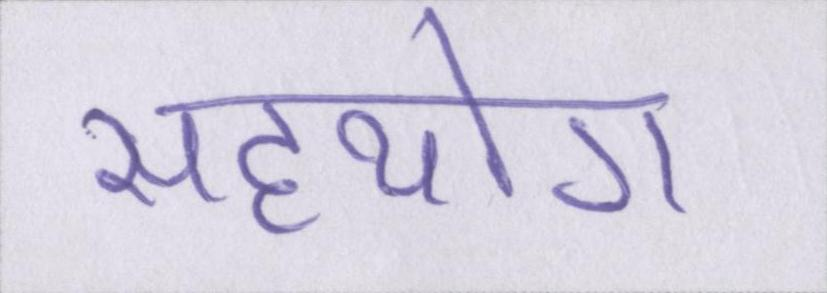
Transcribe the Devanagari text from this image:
सहयोग